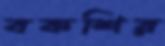
বকশির